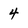
Character: 4